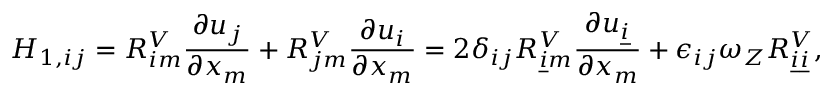
H _ { 1 , i j } = R _ { i m } ^ { V } \frac { \partial u _ { j } } { \partial x _ { m } } + R _ { j m } ^ { V } \frac { \partial u _ { i } } { \partial x _ { m } } = 2 \delta _ { i j } R _ { \underline { { i } } m } ^ { V } \frac { \partial u _ { \underline { { i } } } } { \partial x _ { m } } + \epsilon _ { i j } \omega _ { Z } R _ { \underline { { i } } \underline { { i } } } ^ { V } ,